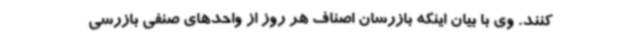
کنند. وی با بیان اینکه بازرسان اصناف هر روز از واحدهای صنفی بازرسی